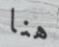
هنا